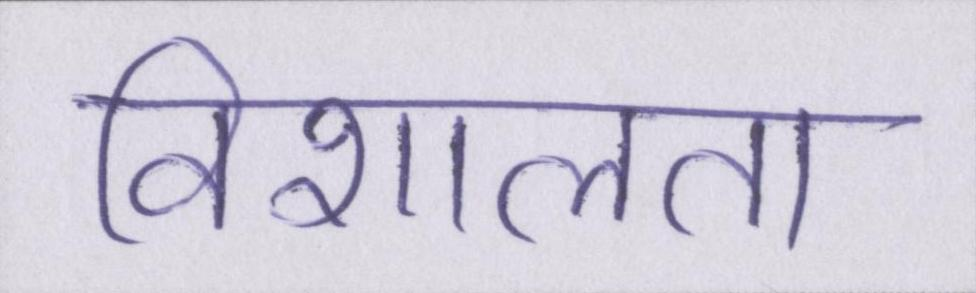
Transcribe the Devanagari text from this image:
विशालता